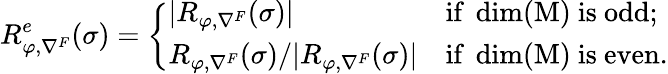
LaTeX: R_{\varphi,\nabla^{F}}^{e}(\sigma)=\left\{ \begin{array}{ll}{|R_{\varphi,\nabla^{F}}(\sigma)|}&{\mathrm{if~\dim(M)~is~odd};}\\ {R_{\varphi,\nabla^{F}}(\sigma)/|R_{\varphi,\nabla^{F}}(\sigma)|}&{\mathrm{if~\dim(M)~is~even}.}\end{array}\right.